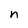
Character: n